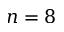
n = 8